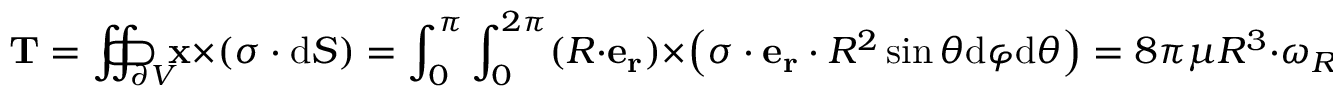
\mathbf { T } = \iint _ { \partial V } \! \! \! \! \! \! \! \! \! \! \! \! \! \! \subset \! \supset \mathbf { x } \times \left( { \boldsymbol { \sigma } } \cdot { \mathrm { d } } { \boldsymbol { S } } \right) = \int _ { 0 } ^ { \pi } \int _ { 0 } ^ { 2 \pi } ( R \cdot \mathbf { e _ { r } } ) \times \left( { \boldsymbol { \sigma } } \cdot \mathbf { e _ { r } } \cdot R ^ { 2 } \sin \theta { \mathrm { d } } \varphi { \mathrm { d } } \theta \right) = 8 \pi \mu R ^ { 3 } \cdot { \boldsymbol { \omega } } _ { R }